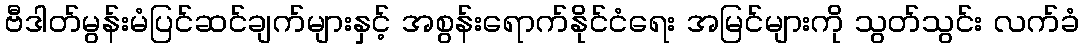
ဗီဒါတ်မွန်းမံပြင်ဆင်ချက်များနှင့် အစွန်းရောက်နိုင်ငံရေး အမြင်များကို သွတ်သွင်း လက်ခံ